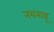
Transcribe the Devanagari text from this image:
नयनाश्रू